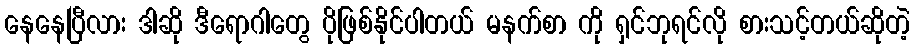
နေနေပြီလား ဒါဆို ဒီရောဂါတွေ ပိုဖြစ်နိုင်ပါတယ် မနက်စာ ကို ရှင်ဘုရင်လို စားသင့်တယ်ဆိုတဲ့